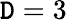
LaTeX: \mathtt{D}=3